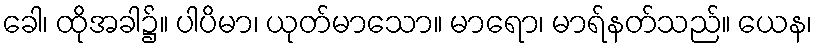
ခေါ၊ ထိုအခါ၌။ ပါပိမာ၊ ယုတ်မာသော။ မာရော၊ မာရ်နတ်သည်။ ယေန၊